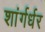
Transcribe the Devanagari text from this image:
शांर्गर्धर